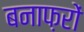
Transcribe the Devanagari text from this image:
बनाफ़रों